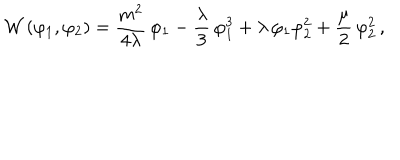
LaTeX: { \cal W } \, ( \varphi _ { 1 } , \varphi _ { 2 } ) = \frac { m ^ { 2 } } { 4 \lambda } \, \varphi _ { 1 } - \frac { \lambda } { 3 } \, \varphi _ { 1 } ^ { 3 } + \lambda \, \varphi _ { 1 } \varphi _ { 2 } ^ { 2 } + \frac { \mu } { 2 } \, \varphi _ { 2 } ^ { 2 } \, ,